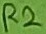
Text: R2